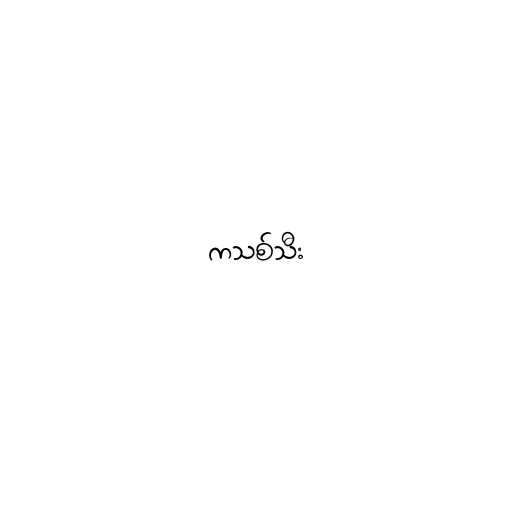
ကသစ်သီး